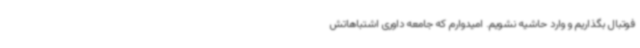
فوتبال بگذاریم و وارد حاشیه نشویم. امیدوارم که جامعه داوری اشتباهاتش